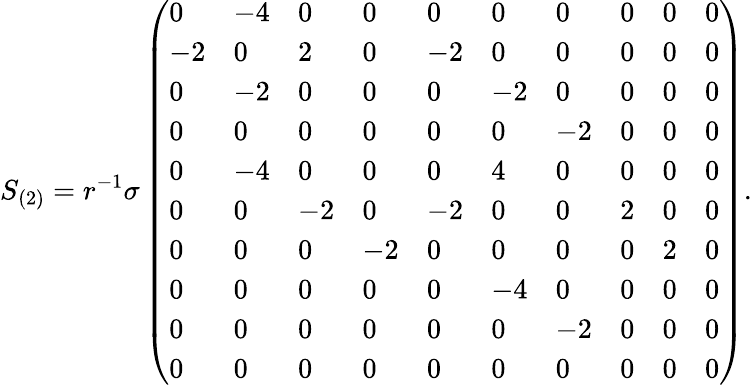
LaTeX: S_{(2)}=r^{-1}{\sigma}\left(\begin{array}{llllllllll}{0}&{-4}&{0}&{0}&{0}&{0}&{0}&{0}&{0}&{0}\\ {-2}&{0}&{2}&{0}&{-2}&{0}&{0}&{0}&{0}&{0}\\ {0}&{-2}&{0}&{0}&{0}&{-2}&{0}&{0}&{0}&{0}\\ {0}&{0}&{0}&{0}&{0}&{0}&{-2}&{0}&{0}&{0}\\ {0}&{-4}&{0}&{0}&{0}&{4}&{0}&{0}&{0}&{0}\\ {0}&{0}&{-2}&{0}&{-2}&{0}&{0}&{2}&{0}&{0}\\ {0}&{0}&{0}&{-2}&{0}&{0}&{0}&{0}&{2}&{0}\\ {0}&{0}&{0}&{0}&{0}&{-4}&{0}&{0}&{0}&{0}\\ {0}&{0}&{0}&{0}&{0}&{0}&{-2}&{0}&{0}&{0}\\ {0}&{0}&{0}&{0}&{0}&{0}&{0}&{0}&{0}&{0}\end{array}\right).